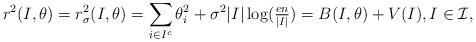
LaTeX: \begin{align*}r^2(I,\theta)=r^2_\sigma(I,\theta)=\sum_{i\in I^c} \theta_{i}^2+\sigma^2|I| \log(\tfrac{en}{|I|})=B(I,\theta) +V(I), I\in\mathcal{I}, \end{align*}